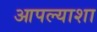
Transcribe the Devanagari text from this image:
आपल्याशा